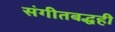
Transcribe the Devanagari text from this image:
संगीतबद्धही